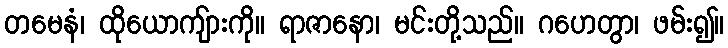
တမေနံ၊ ထိုယောကျ်ားကို။ ရာဇာနော၊ မင်းတို့သည်။ ဂဟေတွာ၊ ဖမ်း၍။